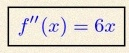
f''(x)=6x